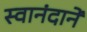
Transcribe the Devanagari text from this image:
स्वानंदानें